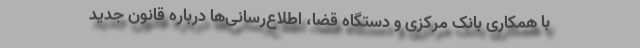
با همکاری بانک مرکزی و دستگاه قضا، اطلاع‌رسانی‌ها درباره قانون جدید